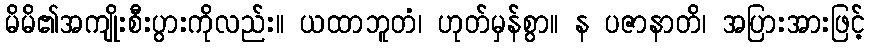
မိမိ၏အကျိုးစီးပွားကိုလည်း။ ယထာဘူတံ၊ ဟုတ်မှန်စွာ။ န ပဇာနာတိ၊ အပြားအားဖြင့်